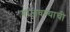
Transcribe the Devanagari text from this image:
गाजवण्याची